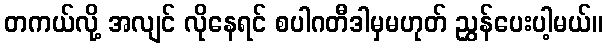
တကယ်လို့ အလျင် လိုနေရင် စပါဂတီဒါမှမဟုတ် ညွှန်ပေးပါ့မယ်။